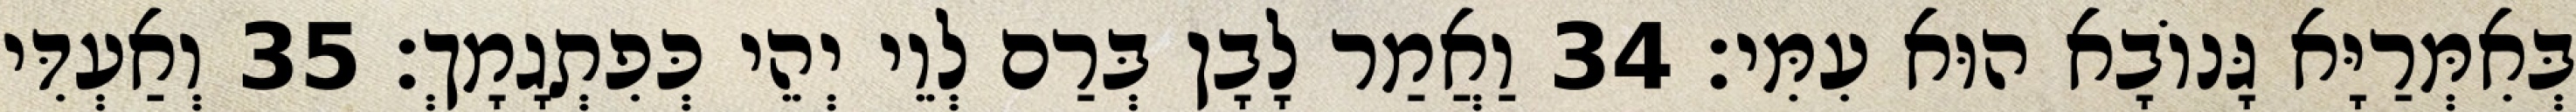
בְּאִמְּרַיָּא גָּנוֹבָא הוּא עִמִּי׃ 34 וַאֲמַר לָבָן בְּרַם לְוֵי יְהֵי כְּפִתְגָמָךְ׃ 35 וְאַעְדִּי